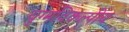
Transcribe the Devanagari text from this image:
युग्मविकल्पीय